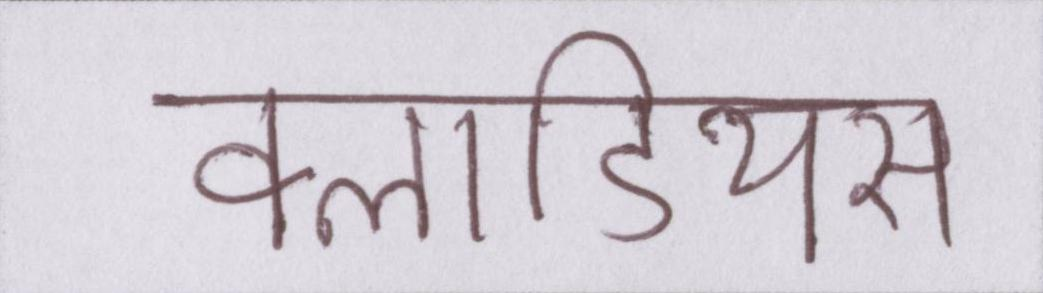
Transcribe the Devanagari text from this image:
क्लाडियस